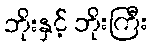
ဘိုးနှင့် ဘိုးကြီး